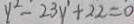
y ^ { 2 } - 2 3 y ^ { \prime } + 2 2 = 0